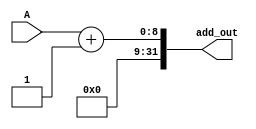
module adder4 (A, add_out);
	input [7:0] A ;
	output [31:0] add_out;
	assign add_out=A+ 32'h1;
endmodule